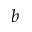
b